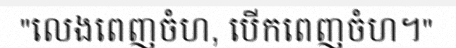
"លេងពេញចំហ, បើកពេញចំហ។"